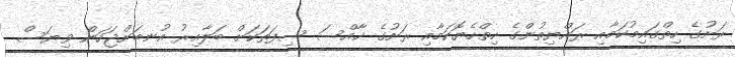
ރަށުގެ ހިތްގައިމުކަމާއި ރައްޔިތުންގެ ހިތްހެޔޮކަމާއި ރަށުގެ ޚާއްސަ ސިފަތަކަށް ބަލާއިރު އުނބަށްޖަހަން ވިޔަސް